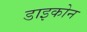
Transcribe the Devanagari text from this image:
डाइकोन